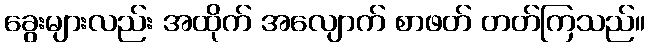
ခွေးများလည်း အထိုက် အလျောက် စာဖတ် တတ်ကြသည်။